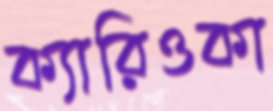
ক্যারিওকা